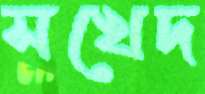
সখেদ